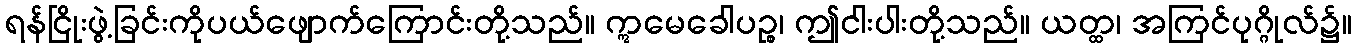
ရန်ငြိုးဖွဲ့ခြင်းကိုပယ်ဖျောက်ကြောင်းတို့သည်။ ဣမေခေါပဉ္စ၊ ဤငါးပါးတို့သည်။ ယတ္ထ၊ အကြင်ပုဂ္ဂိုလ်၌။